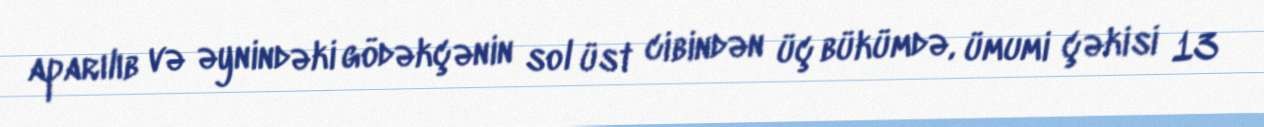
aparılıb və əynindəki gödəkçənin sol üst cibindən üç bükümdə, ümumi çəkisi 13